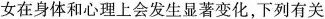
女在身体和心理上会发生显著变化，下列有关